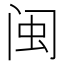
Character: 闽